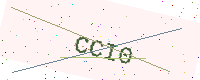
Text: CCI0